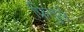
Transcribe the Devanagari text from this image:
फ्रितुले